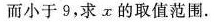
而小于9，求x的取值范围.